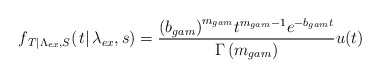
\begin{align*}{f_{\left. T \right|{\Lambda _{ex}},S}}(\left. t \right|{\lambda _{ex}},s) = \frac{{{{\left( {{b_{gam}}} \right)}^{{m_{gam}}}}{t^{{m_{gam}} - 1}}{e^{ - {b_{gam}}t}}}}{{\Gamma \left( {{m_{gam}}} \right)}}u(t)\end{align*}